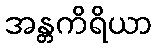
အန္တကိရိယာ